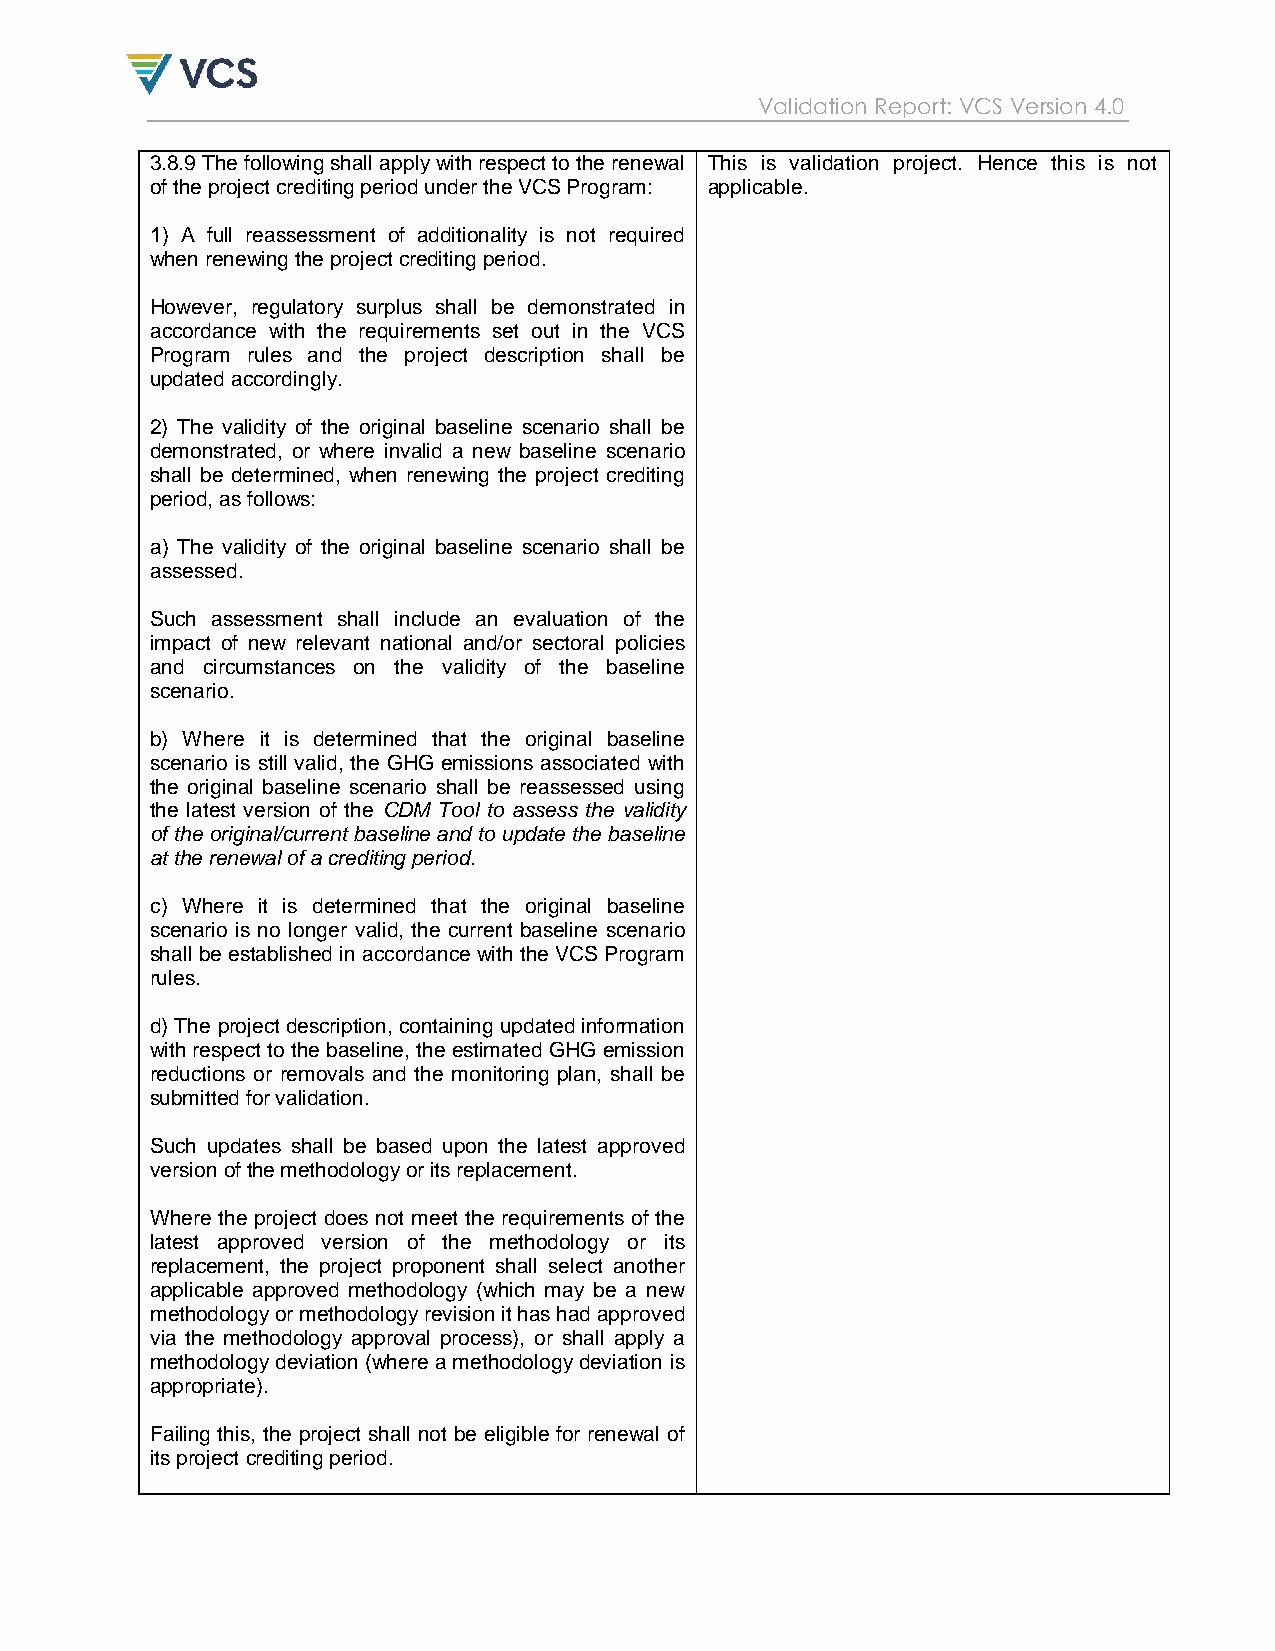
Validation Report: VCS Version 4.0
 3.8.9 The following shall apply with respect to the renewal This is validation project. Hence this is not
 of the project crediting period under the VCS Program: applicable.
 1) A full reassessment of additionality is not required
 when renewing the project crediting period.
 However, regulatory surplus shall be demonstrated in
 accordance with the requirements set out in the VCS
 Program rules and the project description shall be
 updated accordingly.
 2) The validity of the original baseline scenario shall be
 demonstrated, or where invalid a new baseline scenario
 shall be determined, when renewing the project crediting
 period, as follows:
 a) The validity of the original baseline scenario shall be
 assessed.
 Such assessment shall include an evaluation of the
 impact of new relevant national and/or sectoral policies
 and circumstances on the validity of the baseline
 scenario.
 b) Where it is determined that the original baseline
 scenario is still valid, the GHG emissions associated with
 the original baseline scenario shall be reassessed using
 the latest version of the CDM Tool to assess the validity
 of the original/current baseline and to update the baseline
 at the renewal of a crediting period.
 c) Where it is determined that the original baseline
 scenario is no longer valid, the current baseline scenario
 shall be established in accordance with the VCS Program
 rules.
 d) The project description, containing updated information
 with respect to the baseline, the estimated GHG emission
 reductions or removals and the monitoring plan, shall be
 submitted for validation.
 Such updates shall be based upon the latest approved
 version of the methodology or its replacement.
 Where the project does not meet the requirements of the
 latest approved version of the methodology or its
 replacement, the project proponent shall select another
 applicable approved methodology (which may be a new
 methodology or methodology revision it has had approved
 via the methodology approval process), or shall apply a
 methodology deviation (where a methodology deviation is
 appropriate).
 Failing this, the project shall not be eligible for renewal of
 its project crediting period.